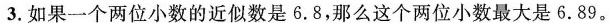
3.如果一个两位小数的近似数是6.8，那么这个两位小数最大是6.89。